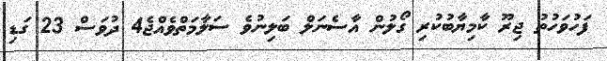
ފަހުވަހުތު ޖިރޫ ކާމިޔާބުކުރި ގޯލުން އާސެނަލް ބަލިނުވެ ސަލާމަތްވެއްޖެ4 ދުވަސް 23 ގަޑި